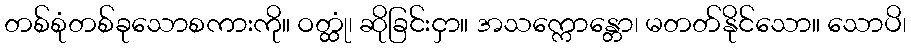
တစ်စုံတစ်ခုသောစကားကို။ ဝတ္ထုံ၊ ဆိုခြင်းငှာ။ အသက္ကောန္တော၊ မတတ်နိုင်သော။ သောပိ၊